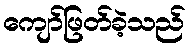
ကျော်ဖြတ်ခဲ့သည်